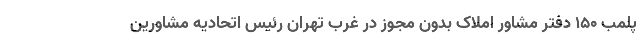
پلمب 150 دفتر مشاور املاک بدون مجوز در غرب تهران رئیس اتحادیه مشاورین